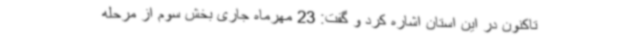
تاکنون در این استان اشاره کرد و گفت: 23 مهرماه جاری بخش سوم از مرحله